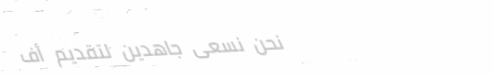
نحن نسعى جاهدين لتقديم أف